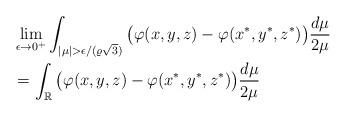
LaTeX: \begin{align*}& \lim_{\epsilon\to 0^+} \int_{|\mu|>\epsilon/(\varrho \sqrt{3})} \big(\varphi(x,y,z)-\varphi(x^\ast,y^\ast,z^\ast)\big) \frac{d\mu}{2\mu} \\& = \int_{\mathbb{R}} \big(\varphi(x,y,z)-\varphi(x^\ast,y^\ast,z^\ast)\big) \frac{d\mu}{2\mu} \end{align*}